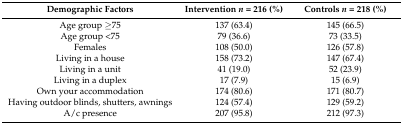
| Demographic Factors | Intervention n = 216 (%) | Controls n = 218 (%) |
 | --- | --- | --- |
 | Age group ≥75 | 137 (63.4) | 145 (66.5) |
 | Age group <75 | 79 (36.6) | 73 (33.5) |
 | Females | 108 (50.0) | 126 (57.8) |
 | Living in a house | 158 (73.2) | 147 (67.4) |
 | Living in a unit | 41 (19.0) | 52 (23.9) |
 | Living in a duplex | 17 (7.9) | 15 (6.9) |
 | Own your accommodation | 174 (80.6) | 171 (80.7) |
 | Having outdoor blinds, shutters, awnings | 124 (57.4) | 129 (59.2) |
 | A/c presence | 207 (95.8) | 212 (97.3) |